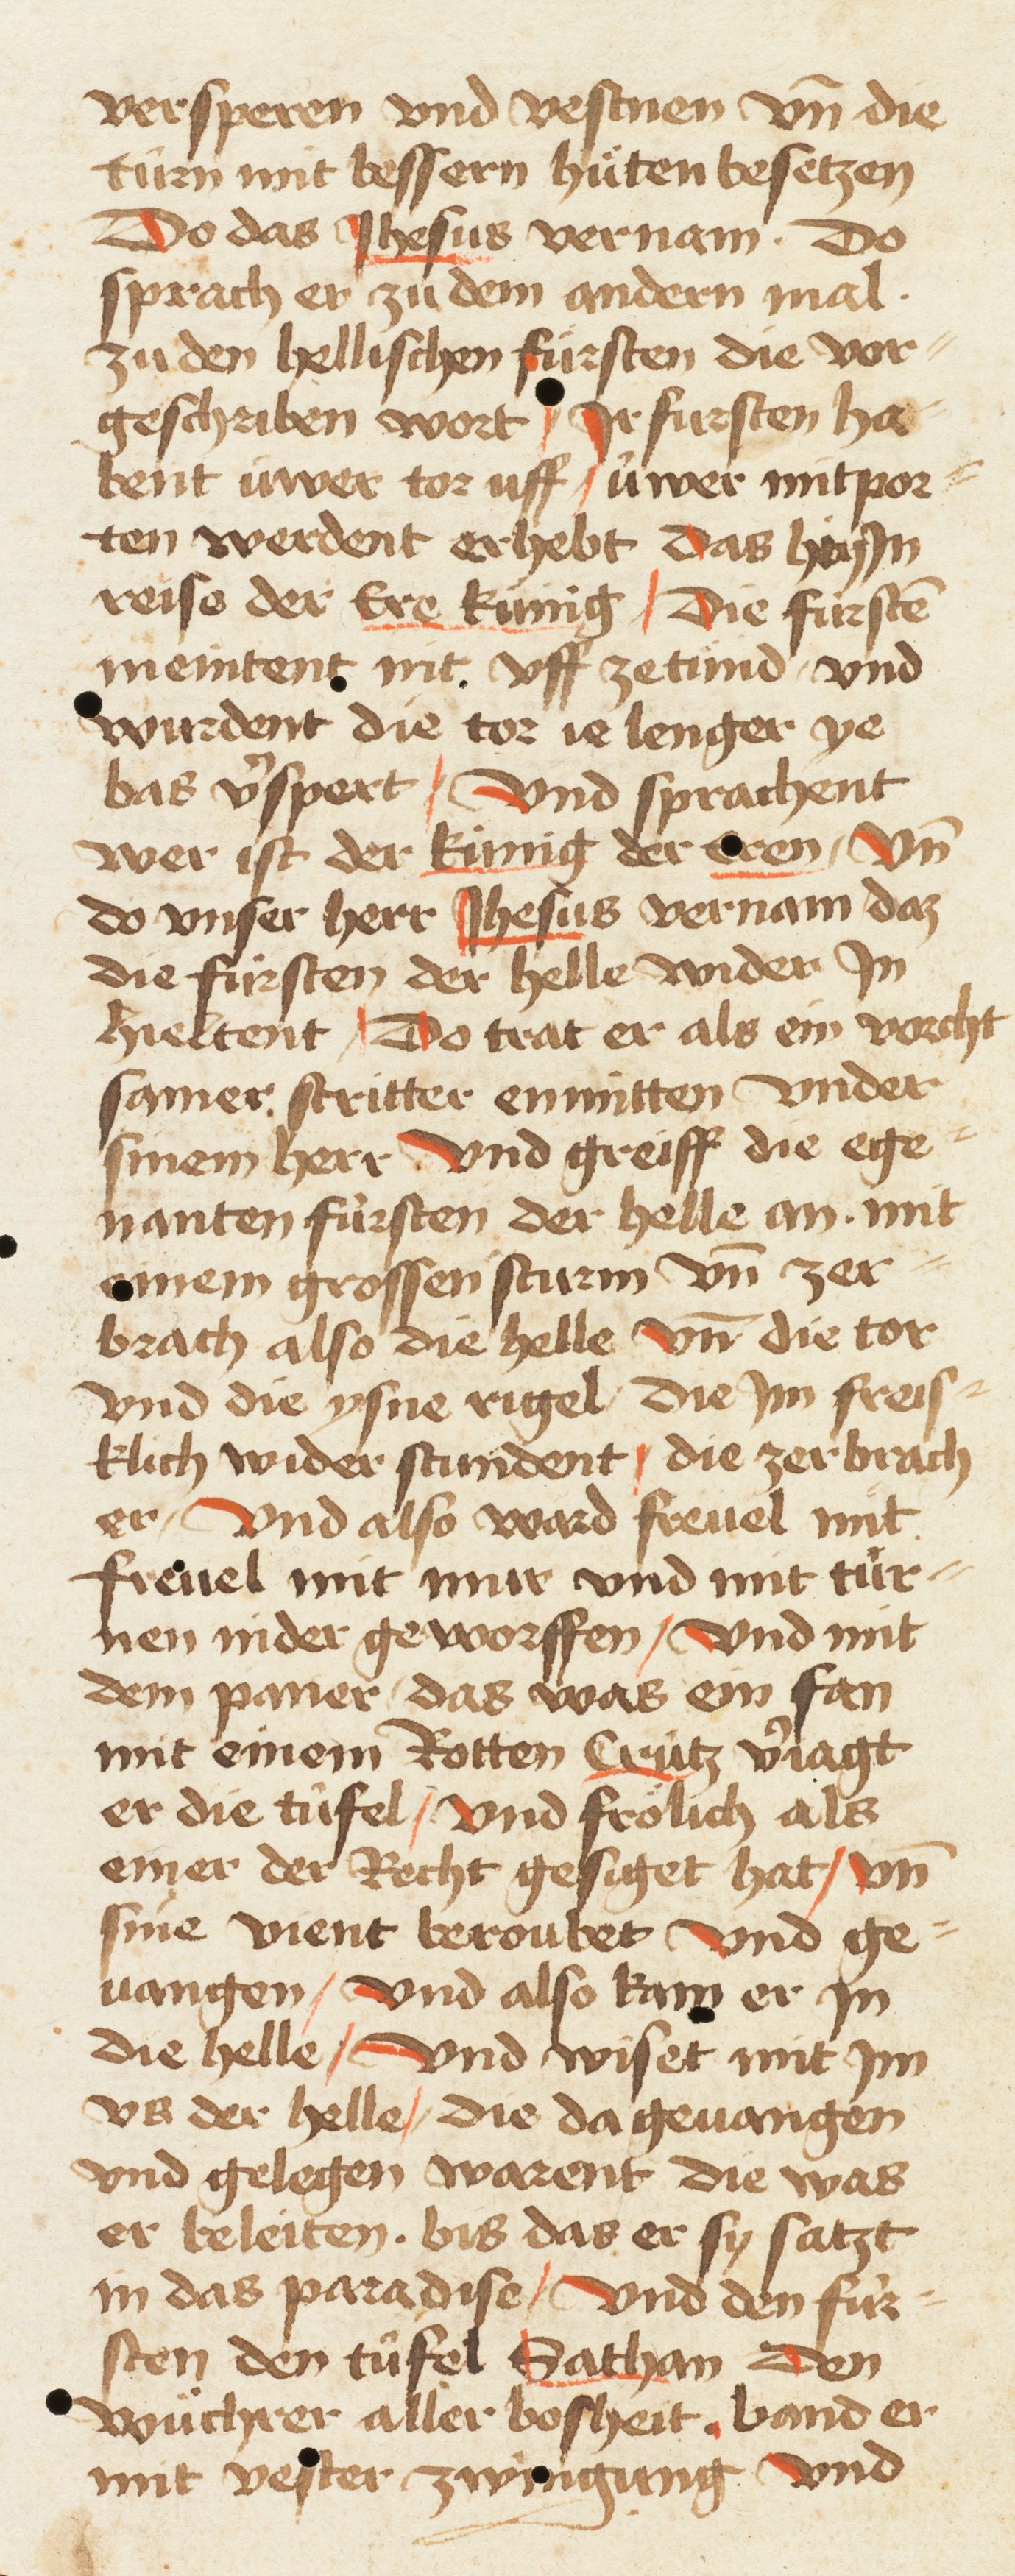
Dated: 1461–1461